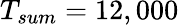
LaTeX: T_{sum}=12,000